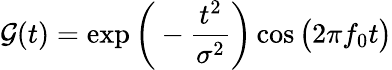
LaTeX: \mathcal{G}(t)=\exp\bigg(-\frac{t^{2}}{\sigma^{2}}\bigg)\cos\big(2\pi f_{0}t\big)